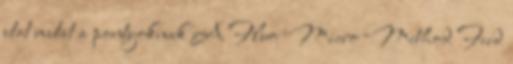
utat mutat a pontyoknak A Fluo Micro Method Feed